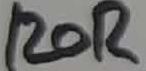
Text: 120R